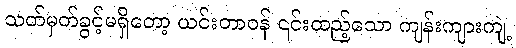
သတ်မှတ်ခွင့်မရှိတော့ ယင်းတာဝန် ၎င်းထည့်သော ကျန်းကျားကျဲ့